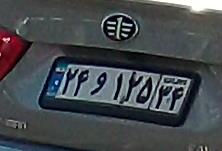
۲۴و۱۲۵۳۴